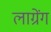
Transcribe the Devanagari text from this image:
लाग्रेंग